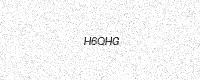
Text: H6QHG